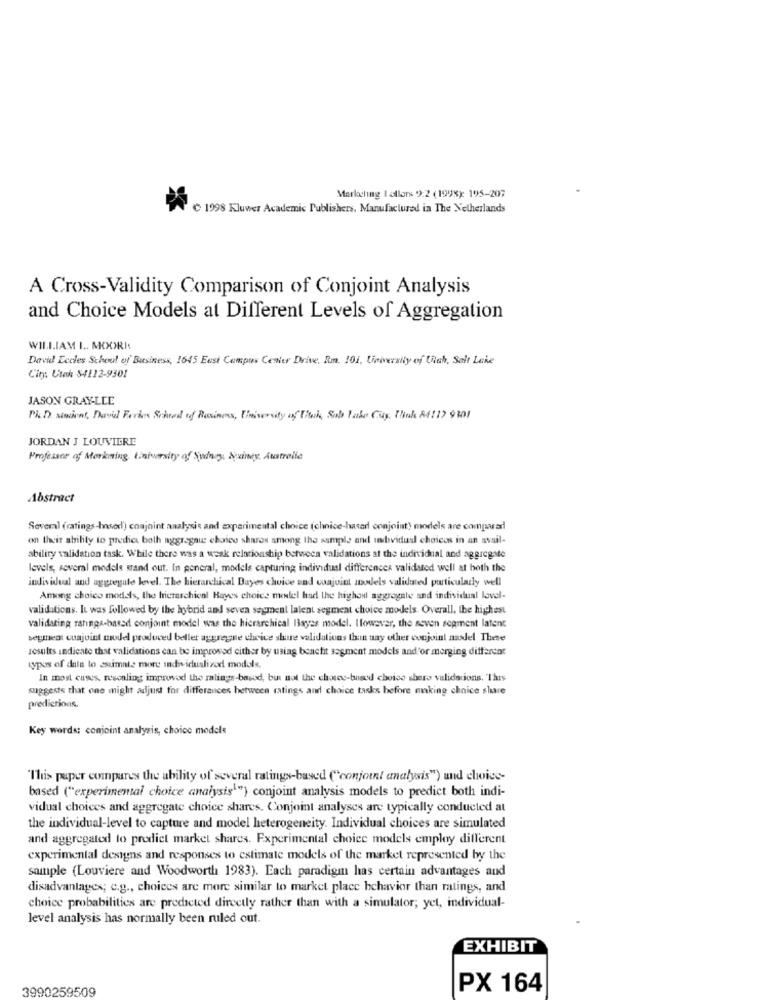
Markchng I allors 9:2 (1998): 195-207
C 1998 Kluwer Academic Publishers, Manufactured in The Netherlands
A Cross-Validity Comparison of Conjoint Analysis
and Choice Models at Different Levels of Aggregation
WILLIAM I .. MOORI
David Lecles School of Business, 1645 East Campus Center Drive, Rm. 101, University of Fish, Salt Lake
City: Utak S4112-9301
JASON GRAY-LLE
Ph. D. sivient, Davil Ferias Stated tof Rusinos, University of Utah, Salt Lake City. Thak 84112 9101
JORDAN J LOUVIERE
Professor of Morining, University of Sydney, Suiney, Austrolle
Abstract
Several (ratings-based) conjoint analysis and experimental choice (chnice-haserl conjoint) models are comparad
on their ability to predict both aggregaus choice shares among the sample and individual choices in an avail-
ability validation task. While there was a weak relationship between validations at the individual and aggregate
levels, soveral models stand out. In general, models capturing individual differences validated well at both the
indis idual and aggregate level. The hierarchical Dayes choice und cuajoint nulels validated particularly well
Among choice models, the hierarchical Bayes choice model had the highan aggregate and individual lavel-
validations. It was followed by the hybrid and seven segment lalent segment choice models Overall, the highest
validating raninga-based conjoint model was the hierarchical Bayes model. Ilowsver, the seven segment latent
segment cuajuint model produced beller aggregne choice share validations than say other conjoint nasel These
results indicate that validations can be improved cither by using benefit segment models and'or merging different
types of dals lo esumate more individualized models.
In most cases, resenling improved the malings-based, but not the choses-based choice shero validations. This
suggests that one might adjust for differences between ratings and choice tasks before enking choice share
predictions.
Key words: conjoint analysis, choice models
"This paper compares the ability of several ratings-based ("conjoint analysis") and choice-
based ("experimental choice analysis1") conjoint analysis models to predict both indi-
vidual choices and aggregate choice shares. Conjoint analyses are typically conducted at
the individual-level to capture and model heterogeneity. Individual choices are simulated
and aggregated to predict market shares. Experimental choice models employ different
experimental designs and responses to estimate models of the market represented by the
sample (Louviere and Woodworth 1983). Each paradigm has certain advantages and
disadvantages; c.g ., choices are more similar to market place behavior than ratings, and
choice probabilities are predicted directly rather than with a simulator; yet, individual-
level analysis has normally been ruled out.
EXHIBIT
3990259509
PX 164